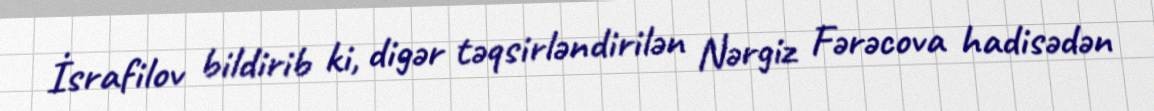
İsrafilov bildirib ki, digər təqsirləndirilən Nərgiz Fərəcova hadisədən